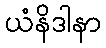
ယံနိဒါနာ